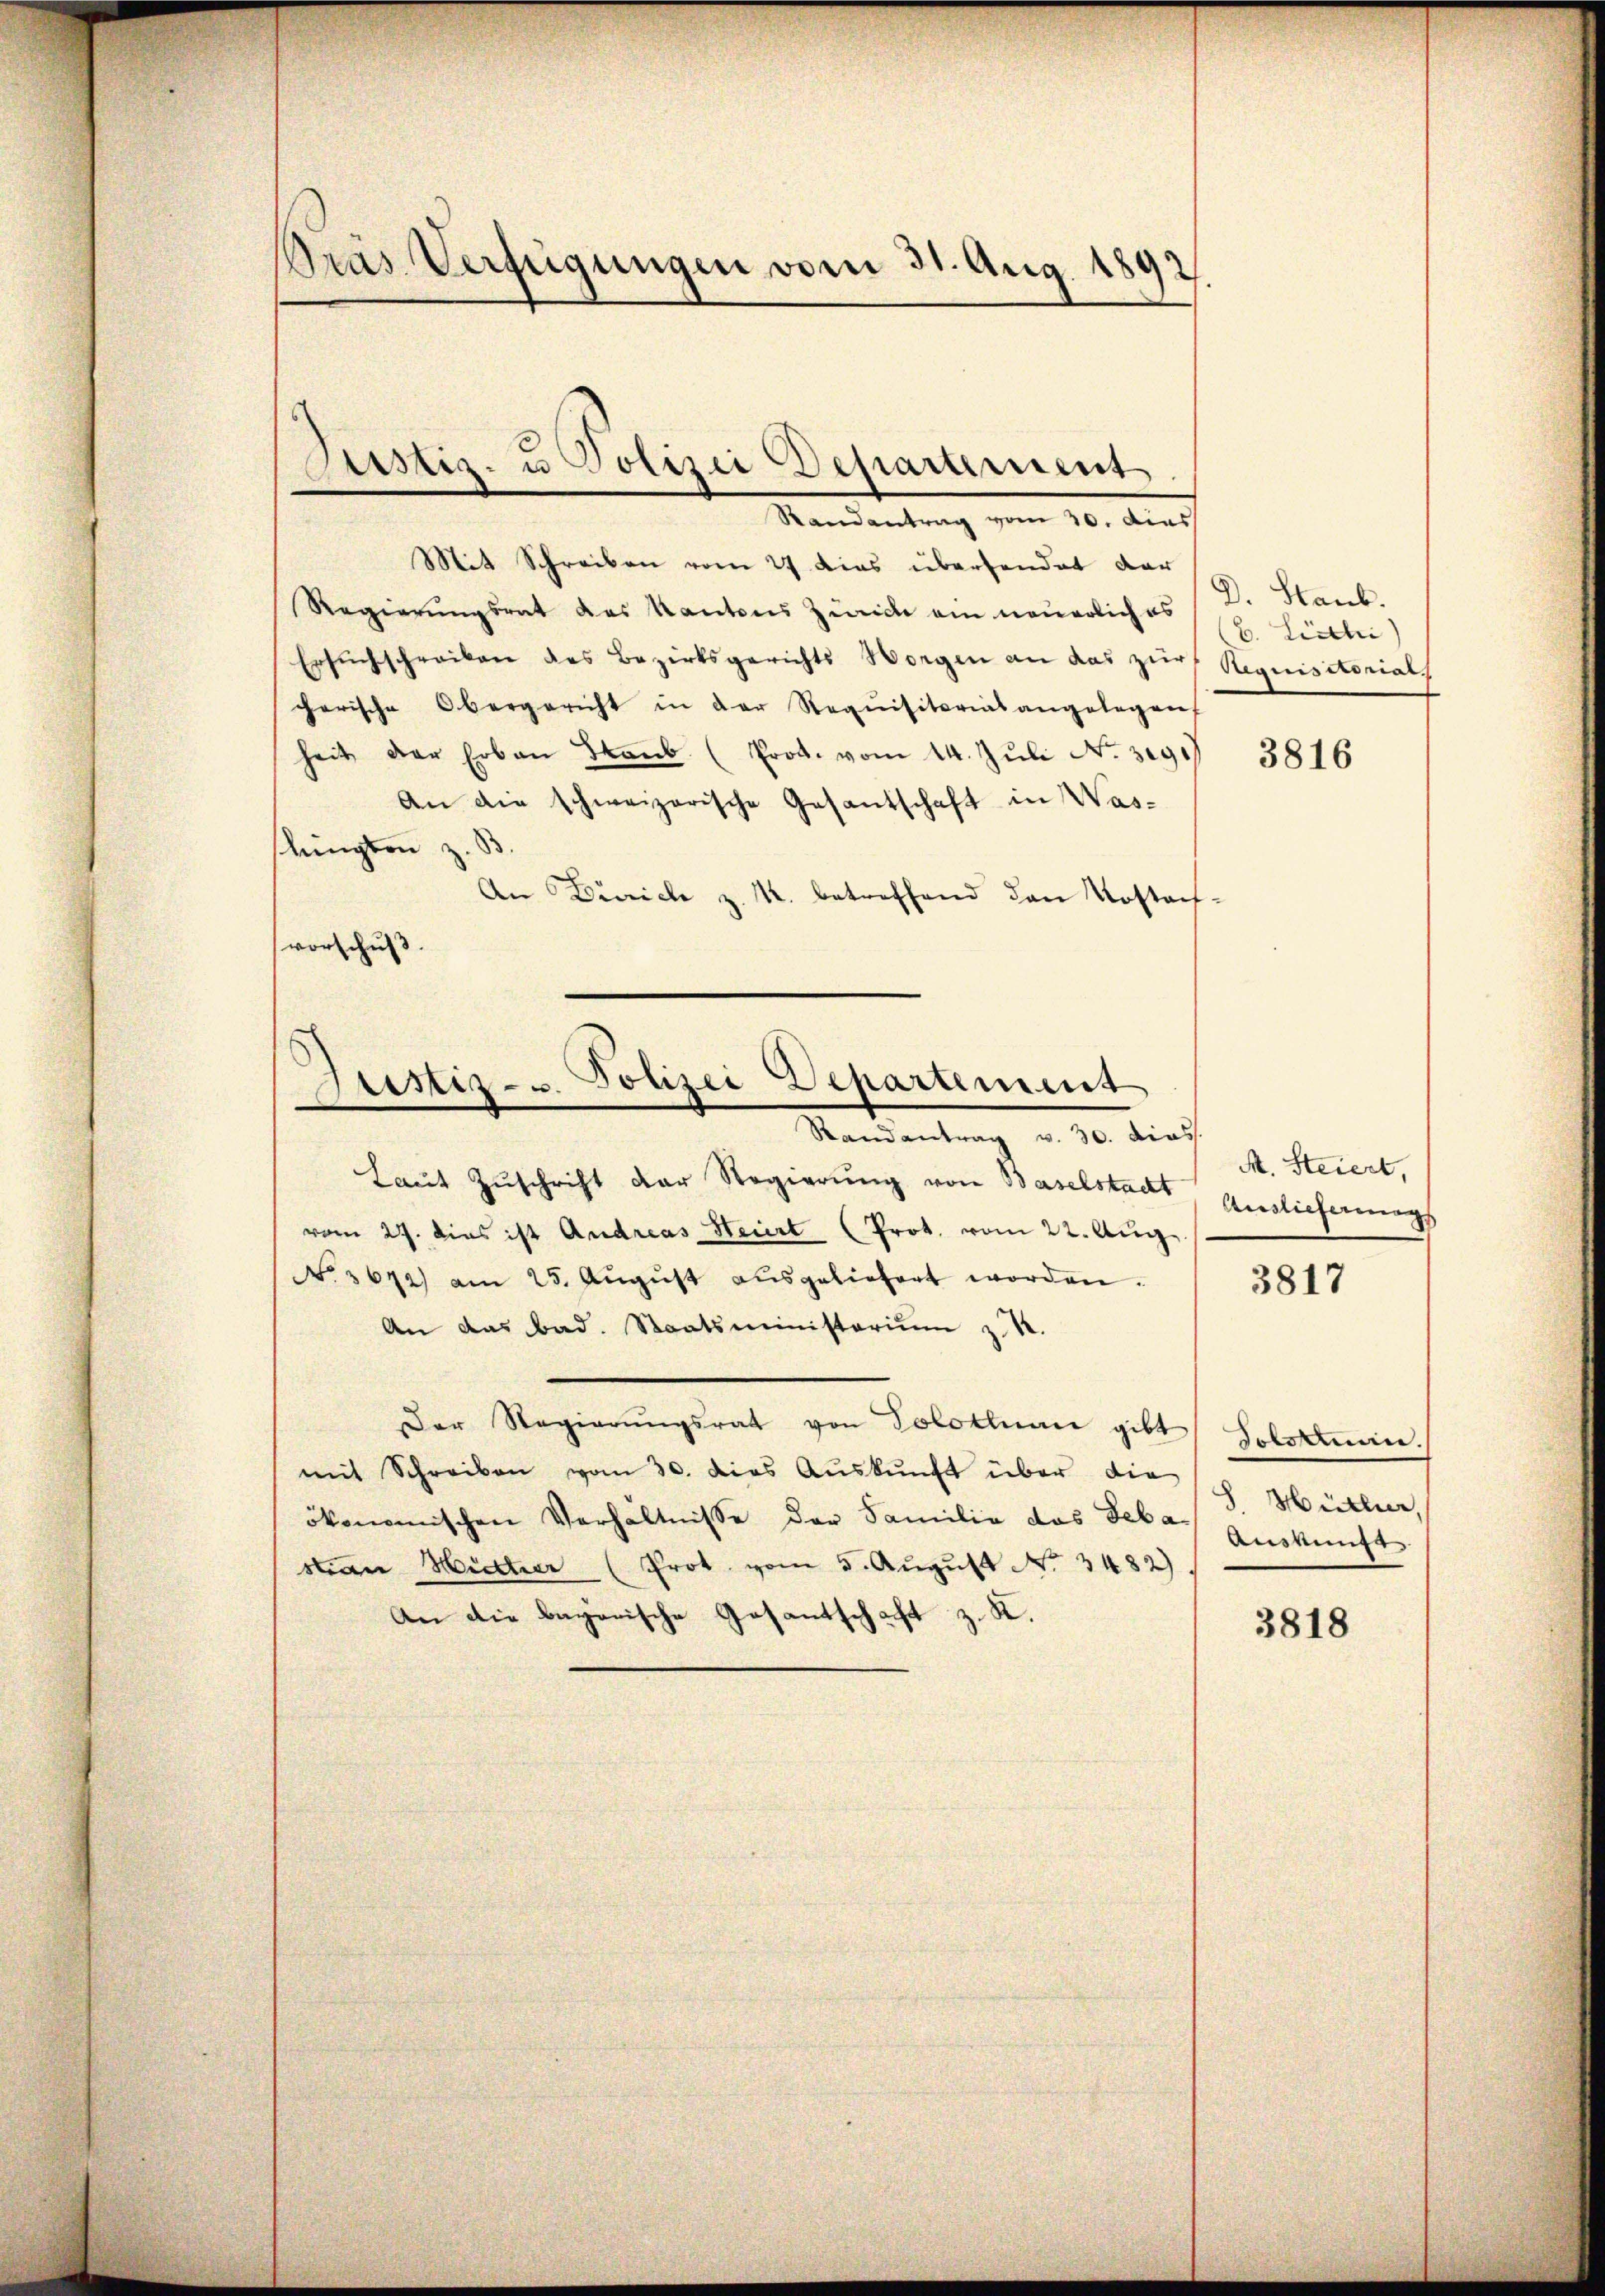
Präs. Verfügungen vom 31. Aug. 1892.

Justiz- u Polizei Departement
Randantrag vom 20. dies

Mit Schreiben vom 27 dies überhandet dar
Regierungsrat des Kantons Zürich ein neuerlich es
Ersuchschreiben des Bezirksgerichts Worgen an das zur Requisitorials
carische Obergericht in der Requisitariat angelegen
heit der Erben Staŭb (Prod. vom 24. Jŭli No. 319. 3816.
An die schweizerische Gesantschaft in Was-
lingten z. B.
An Dürrich z. R. betreffend den Kostachvorschuß.

Justiz- u. Polizei Departement
Randantrag v. 30. diess.

Laut Zuschrift der Regierung von Baselstadt Auslieferungs
vom 27. dies ist Andreas Steuert (Prot. vom 22. Aŭg.
No. 3672) am 25. Aŭgŭst aŭsgeliefert worden.
An das bad. Staatsministerium z. B.
Der Regierŭngsrat von Solothurn gibt
mit Schreiben vom 30. dies Aŭskŭnft über die
ökonomischen Verhältnisse der Familie das Sebastian Hütter (Prot. vom 5. Aŭgŭst No. 3482).
An die bayerische Gesantschaft z. K.

D. Staub.
b. Liechi

M. Steiert,

3817

Totorum.
S. Hütter,
Auskunft

3818